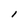
Character: l